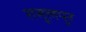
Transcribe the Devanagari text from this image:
रासूलपुर